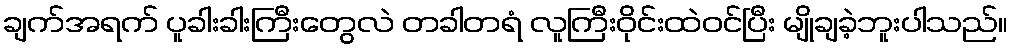
ချက်အရက် ပူခါးခါးကြီးတွေလဲ တခါတရံ လူကြီးဝိုင်းထဲဝင်ပြီး မျိုချခဲ့ဘူးပါသည်။